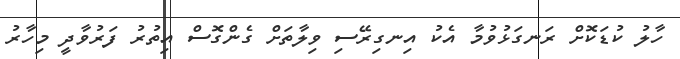
ހާލު ކުޑަކޮށް ރަނގަޅުވުމާ އެކު އިނގިރޭސި ވިލާތަށް ގެންގޮސް އިތުރު ފަރުވާދީ މިހާރު